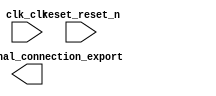

module system (
	clk_clk,
	pio_0_external_connection_export,
	reset_reset_n);	

	input		clk_clk;
	output	[7:0]	pio_0_external_connection_export;
	input		reset_reset_n;
endmodule